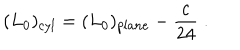
( L _ { 0 } ) _ { c y l } = ( L _ { 0 } ) _ { p l a n e } - \frac { c } { 2 4 } \; .